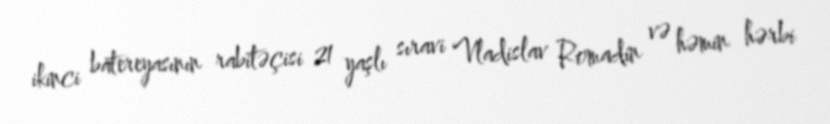
ikinci batereyasının rabitəçisi 21 yaşlı sıravi Vladislav Romadin və həmin hərbi